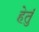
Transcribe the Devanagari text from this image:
हेतुं